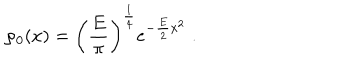
\varphi _ { 0 } ( x ) = \left( \frac { E } { \pi } \right) ^ { \frac { 1 } { 4 } } e ^ { - \frac { E } { 2 } x ^ { 2 } } \; .